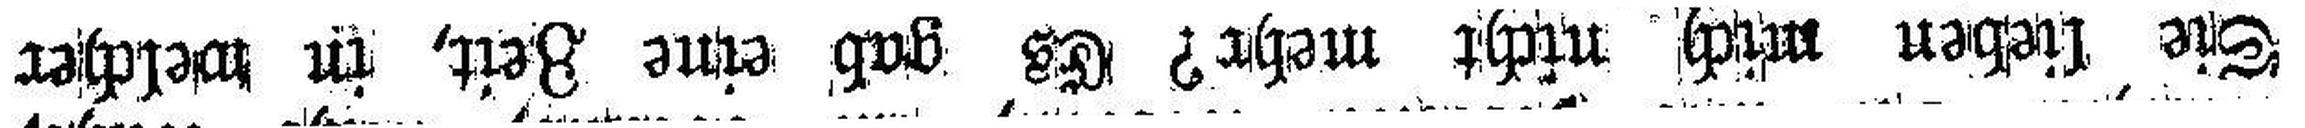
sie lieben mich nicht mehr? Es gab eine Zeit, in welcher